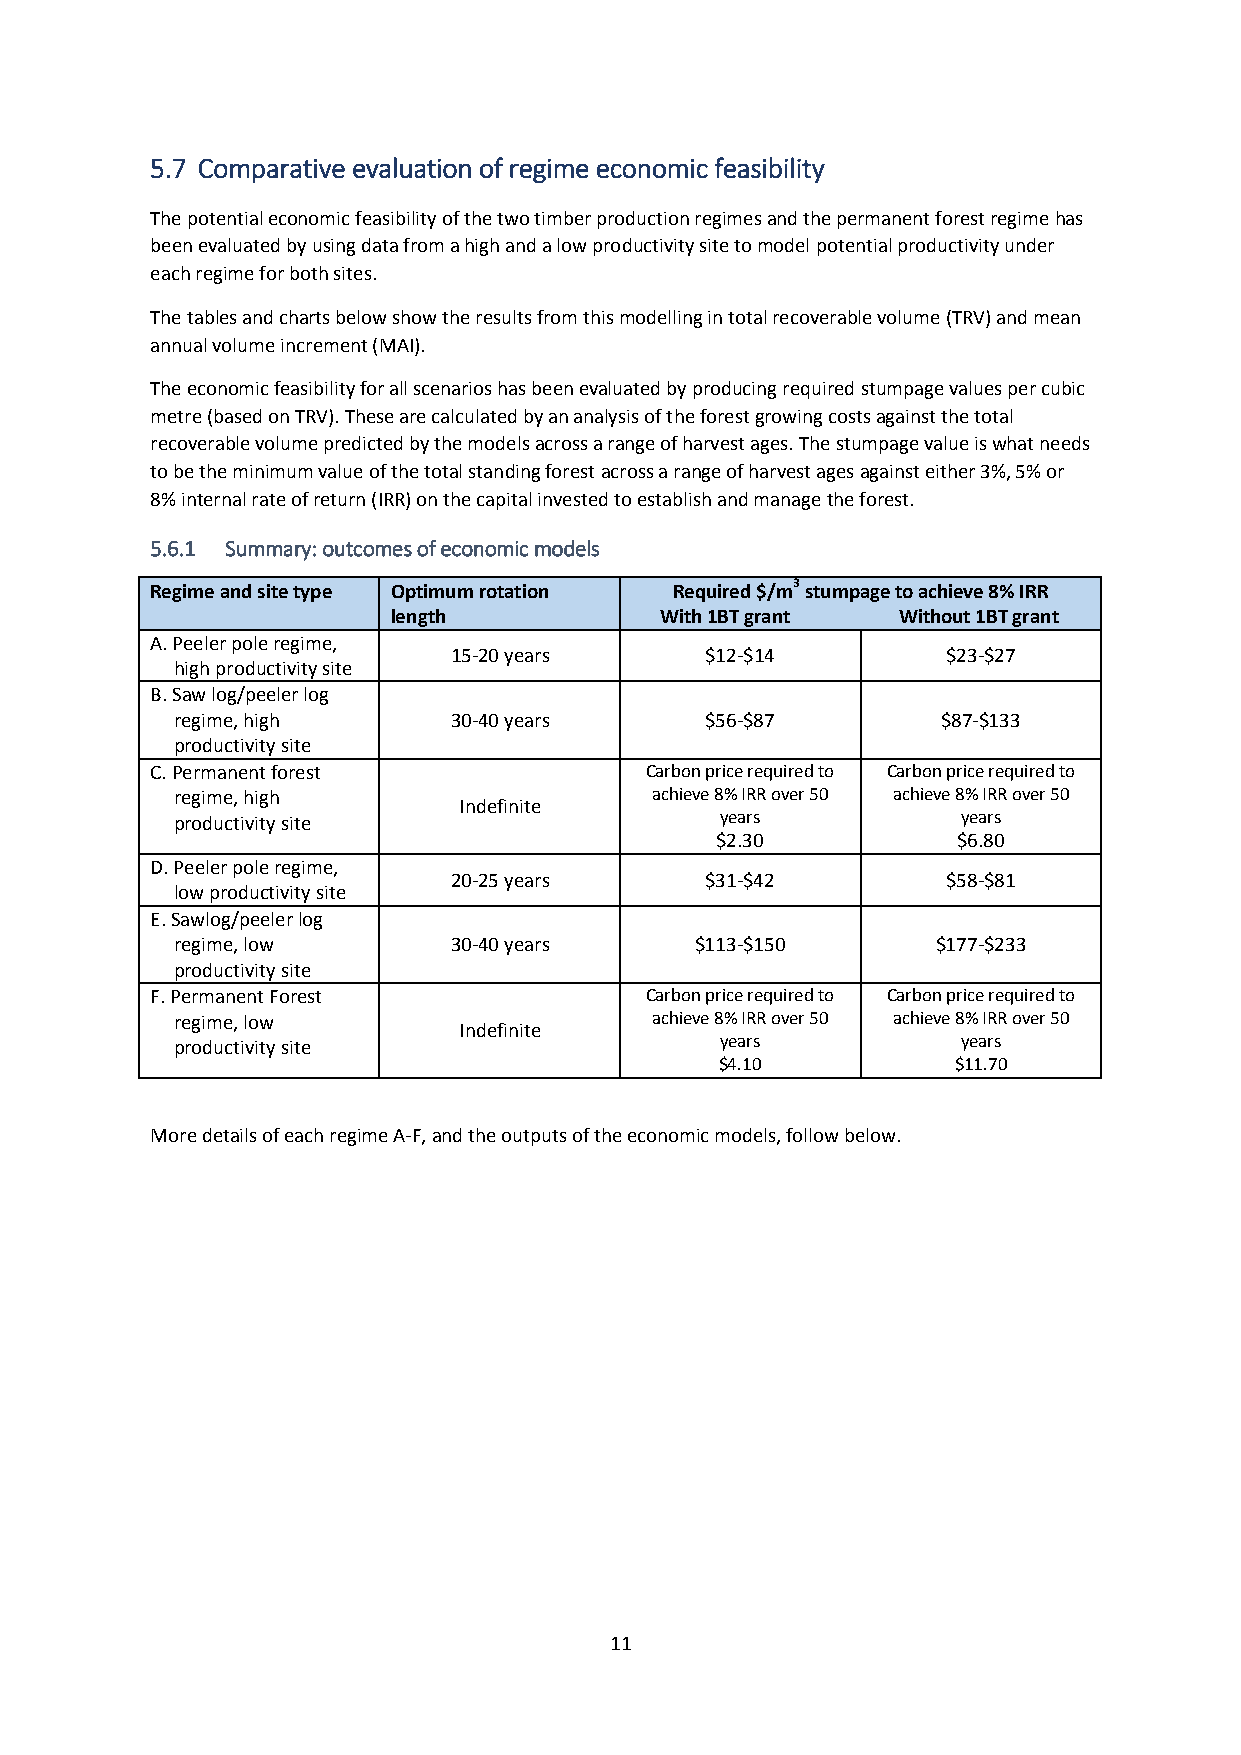
5.7 Comparative evaluation of regime economic feasibility
 The potential economic feasibility of the two timber production regimes and the permanent forest regime has
 been evaluated by using data from a high and a low productivity site to model potential productivity under
 each regime for both sites.
 The tables and charts below show the results from this modelling in total recoverable volume (TRV) and mean
 annual volume increment (MAI).
 The economic feasibility for all scenarios has been evaluated by producing required stumpage values per cubic
 metre (based on TRV). These are calculated by an analysis of the forest growing costs against the total
 recoverable volume predicted by the models across a range of harvest ages. The stumpage value is what needs
 to be the minimum value of the total standing forest across a range of harvest ages against either 3%, 5% or
 8% internal rate of return (IRR) on the capital invested to establish and manage the forest.
 5.6.1 Summary: outcomes of economic models
 Regime and site type Optimum rotation Required $/m3 stumpage to achieve 8% IRR
 length            With 1BT grant Without 1BT grant
 A. Peeler pole regime,
 15-20 years      $12-$14         $23-$27
 high productivity site
 B. Saw log/peeler log
 regime, high       30-40 years      $56-$87        $87-$133
 productivity site
 C. Permanent forest              Carbon price required to Carbon price required to
 regime, high                    achieve 8% IRR over 50 achieve 8% IRR over 50
 Indefinite
 productivity site                    years           years
 $2.30           $6.80
 D. Peeler pole regime,
 20-25 years      $31-$42         $58-$81
 low productivity site
 E. Sawlog/peeler log
 regime, low        30-40 years     $113-$150       $177-$233
 productivity site
 F. Permanent Forest              Carbon price required to Carbon price required to
 regime, low                     achieve 8% IRR over 50 achieve 8% IRR over 50
 Indefinite
 productivity site                    years           years
 $4.10          $11.70
 More details of each regime A-F, and the outputs of the economic models, follow below.
 11